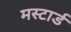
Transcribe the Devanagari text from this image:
मस्टार्ड